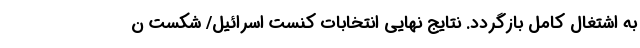
به اشتغال کامل بازگردد. نتایج نهایی انتخابات کنست اسرائیل/ شکست ن